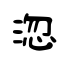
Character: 淴